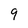
Character: 9